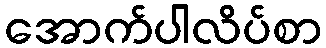
အောက်ပါလိပ်စာ